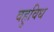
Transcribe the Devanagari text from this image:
वहुविध